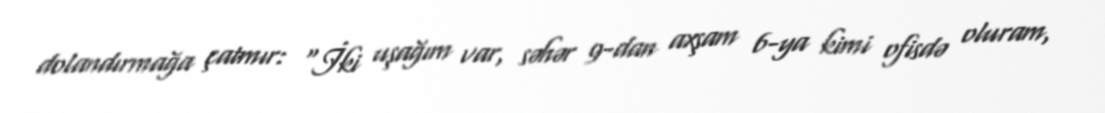
dolandırmağa çatmır: “İki uşağım var, səhər 9-dan axşam 6-ya kimi ofisdə oluram,